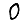
Digit: 0